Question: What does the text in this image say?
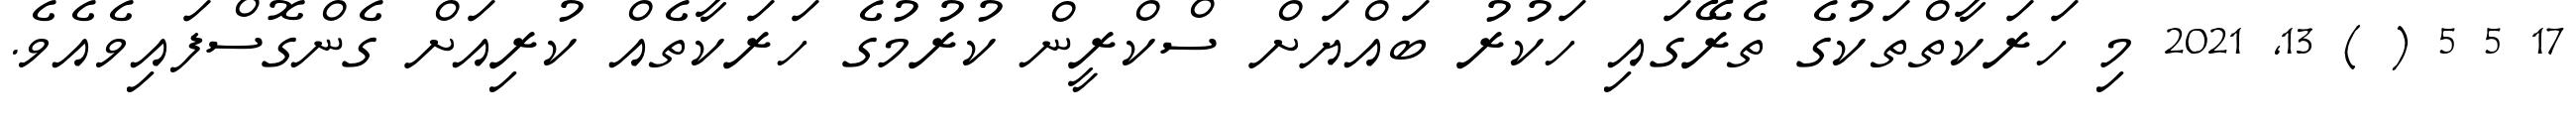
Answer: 17 5 5 ( ) 13, 2021 މި ހަރަކާތްތަކުގެ ތެރޭގައި ހަކުރު ބައްޔަށް ސްކްރީން ކުރުމުގެ ހަރަކާތެއް ކުރިއަށް ގެންގޮސްފައިވެއެވެ.